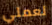
لعملي